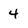
Character: 4